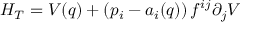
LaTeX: H _ { T } = V ( q ) + \left( p _ { i } - a _ { i } ( q ) \right) f ^ { i j } \partial _ { j } V